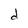
Character: d